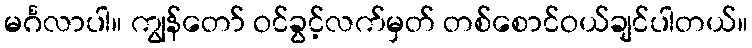
မင်္ဂလာပါ။ ကျွန်တော် ဝင်ခွင့်လက်မှတ် တစ်စောင်ဝယ်ချင်ပါတယ်။